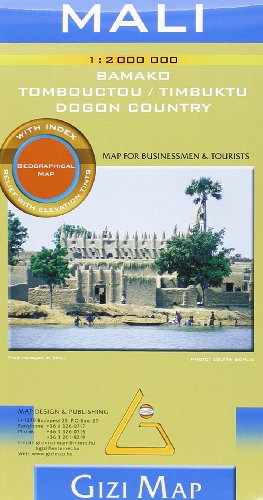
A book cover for Mali Geogr 1: 2 000 000 (English and French Edition); Gizi; Travel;